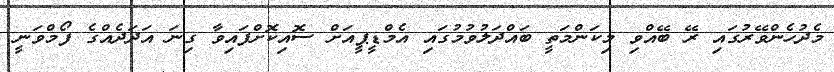
މެދުހެންވޭރުގައި ރޭ ބޭއްވި މިކަންމަތީ ބައްދަލުވުމުގައި އެމްޑީޕީއަށް ސޮއިކޮށްފައިވާ ގިނަ އަދަދެއްގެ ފޯމްވަނީ